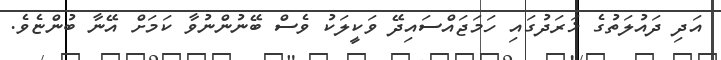
އަދި ދައުލަތުގެ ޚަރަދުގައި ހަމަޖައްސައިދޭ ވަކީލަކު ވެސް ބޭނުންނުވާ ކަމަށް އޭނާ ބުންޏެވެ.